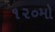
૧૨૦મો